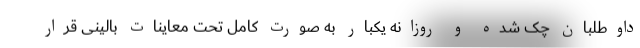
داوطلبان چک شده و روزانه یکبار به صورت کامل تحت معاینات بالینی قرار